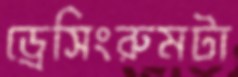
ড্রেসিংরুমটা